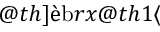
h _ { u } = \phi ^ { \prime } ( x _ { u } , X _ { \mathcal { N } _ { u } } )